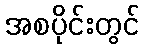
အစပိုင်းတွင်